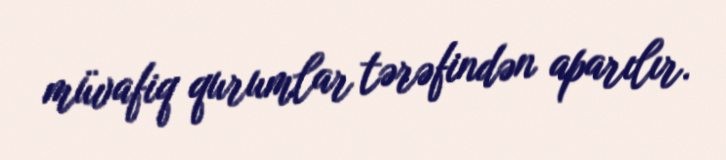
müvafiq qurumlar tərəfindən aparılır.